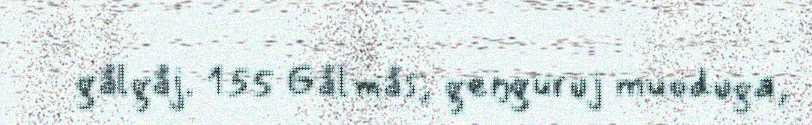
gålgåj. 155 Gålmås, geŋguruj muoduga,